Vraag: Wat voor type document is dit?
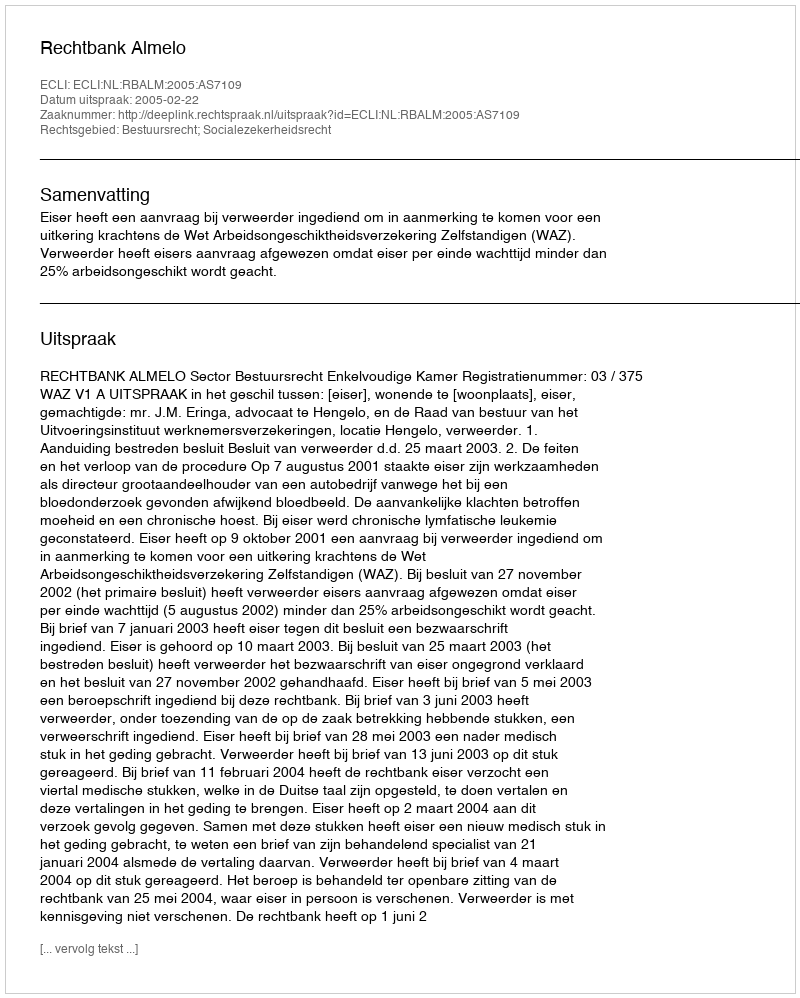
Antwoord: Uitspraak